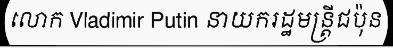
លោក Vladimir Putin នាយករដ្ឋមន្ត្រីជប៉ុន